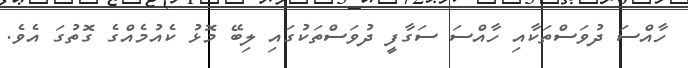
ހާއްސަ ދުވަސްތަކާއި ހާއްސަ ސަގާފީ ދުވަސްތަކުގައި ލިބޭ މޮޅު ކެއުމެއްގެ ގޮތުގަ އެވެ.